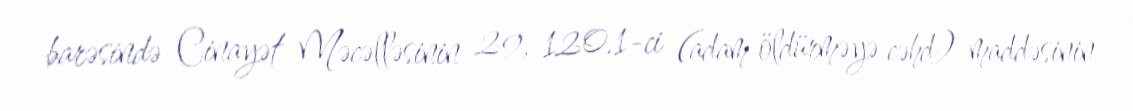
barəsində Cinayət Məcəlləsinin 29, 120.1-ci (adam öldürməyə cəhd) maddəsinin